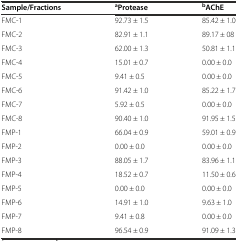
<table><thead><tr><td><b>Sample/Fractions</b></td><td><b><sup>a</sup>Protease</b></td><td><b><sup>b</sup>AChE</b></td></tr></thead><tbody><tr><td>FMC-1</td><td>92.73 ± 1.5</td><td>85.42 ± 1.0</td></tr><tr><td>FMC-2</td><td>82.91 ± 1.1</td><td>89.17 ± 08</td></tr><tr><td>FMC-3</td><td>62.00 ± 1.3</td><td>50.81 ± 1.1</td></tr><tr><td>FMC-4</td><td>15.01 ± 0.7</td><td>0.00 ± 0.0</td></tr><tr><td>FMC-5</td><td>9.41 ± 0.5</td><td>0.00 ± 0.0</td></tr><tr><td>FMC-6</td><td>91.42 ± 1.0</td><td>85.22 ± 1.7</td></tr><tr><td>FMC-7</td><td>5.92 ± 0.5</td><td>0.00 ± 0.0</td></tr><tr><td>FMC-8</td><td>90.40 ± 1.0</td><td>91.95 ± 1.5</td></tr><tr><td>FMP-1</td><td>66.04 ± 0.9</td><td>59.01 ± 0.9</td></tr><tr><td>FMP-2</td><td>0.00 ± 0.0</td><td>0.00 ± 0.0</td></tr><tr><td>FMP-3</td><td>88.05 ± 1.7</td><td>83.96 ± 1.1</td></tr><tr><td>FMP-4</td><td>18.52 ± 0.7</td><td>11.50 ± 0.6</td></tr><tr><td>FMP-5</td><td>0.00 ± 0.0</td><td>0.00 ± 0.0</td></tr><tr><td>FMP-6</td><td>14.91 ± 1.0</td><td>9.63 ± 1.0</td></tr><tr><td>FMP-7</td><td>9.41 ± 0.8</td><td>0.00 ± 0.0</td></tr><tr><td>FMP-8</td><td>96.54 ± 0.9</td><td>91.09 ± 1.3</td></tr></tbody></table>